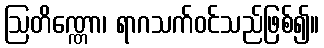
ဩတိဏ္ဏော၊ ရာဂသက်ဝင်သည်ဖြစ်၍။